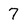
Character: 7